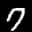
Label: 7